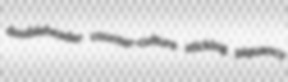
doubleheader counter-culture sticking piquancy